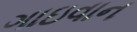
ગાઇવાન